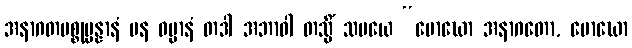
အနာဂတပစ္စုပ္ပန္နာနံ ပန ဓမ္မာနံ တဒါ အဘာဝါ တသ္မိံ သမယေ “မောဃော အနာဂတော, မောဃော